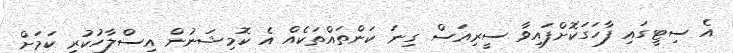
އެ ސިޓީގައި ފާހަގަކޮށްފައިވާ ސީރިއަސް ގިނަ ކަންތައްތަކެއް އެ ކޮމިޝަނުން އިސްލާހުކުރި ކަމަށް